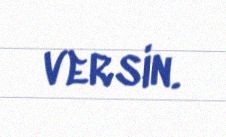
versin.